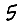
Digit: 5